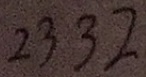
2 3 3 2